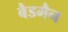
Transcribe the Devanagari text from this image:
बैडमैन